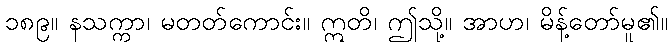
၁၈၉။ နသက္ကာ၊ မတတ်ကောင်း။ ဣတိ၊ ဤသို့။ အာဟ၊ မိန့်တော်မူ၏။